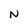
Character: N